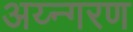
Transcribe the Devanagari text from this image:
अय्न्गरण